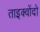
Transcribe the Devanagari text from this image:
ताइक्वोंदो